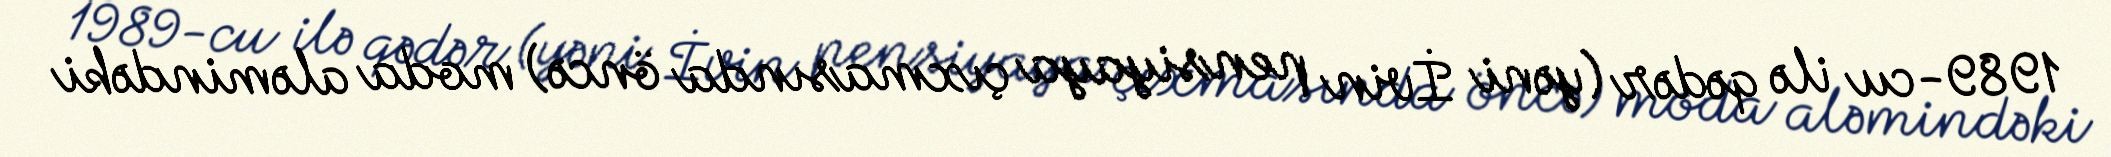
1989-cu ilə qədər (yəni İvin pensiyaya çıxmasında öncə) moda aləmindəki